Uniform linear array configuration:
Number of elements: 16
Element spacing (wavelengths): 0.75
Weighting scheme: blackman
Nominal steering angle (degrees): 30
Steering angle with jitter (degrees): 30.633
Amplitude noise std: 0.05
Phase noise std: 0.05

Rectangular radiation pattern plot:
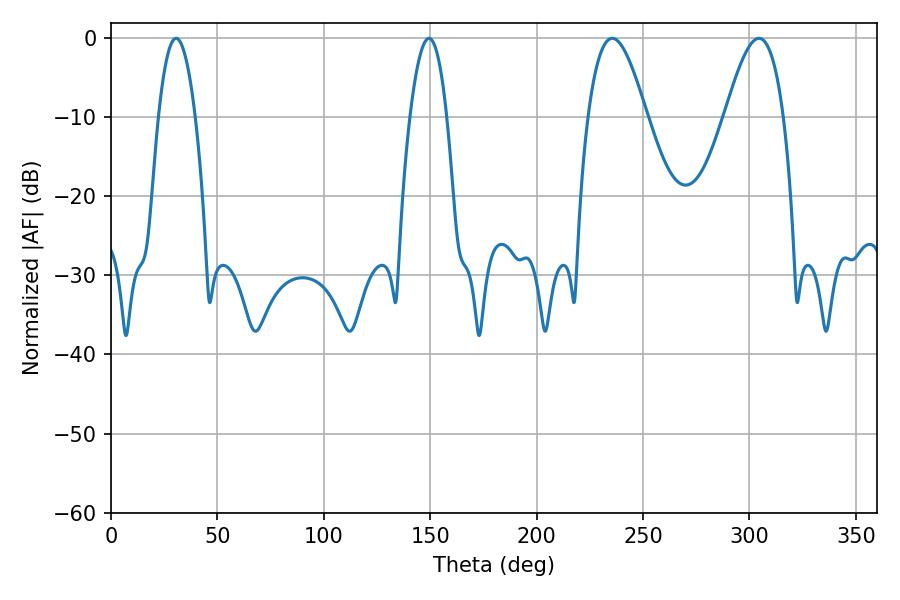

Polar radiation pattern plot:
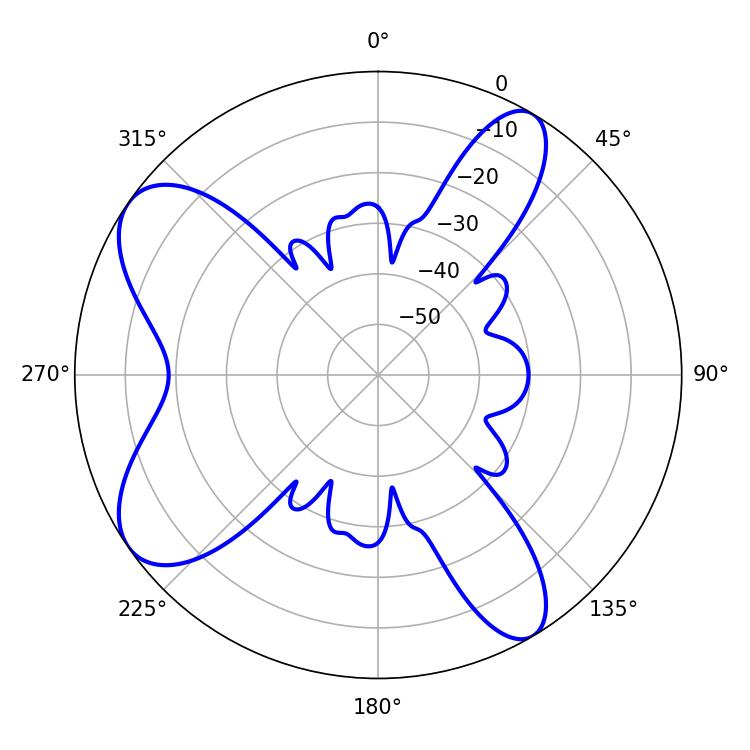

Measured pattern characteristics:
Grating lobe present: TRUE
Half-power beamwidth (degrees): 9.54
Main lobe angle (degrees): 30.6